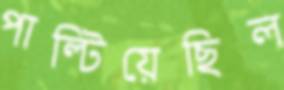
পাল্টিয়েছিল